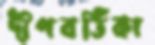
দীপবর্তিকা